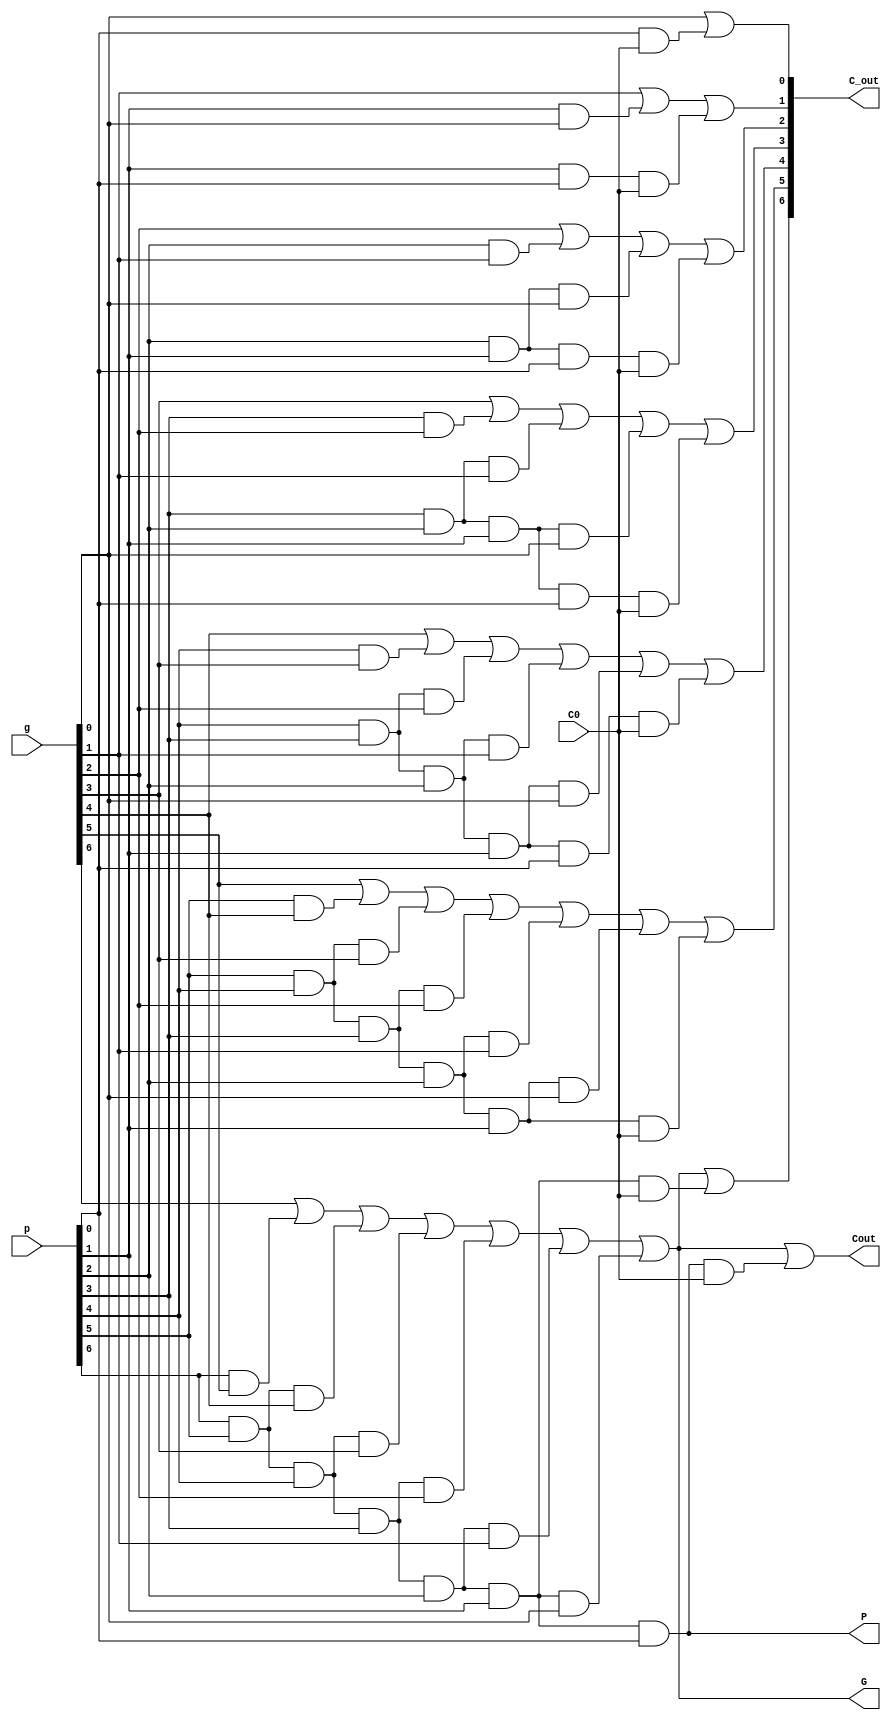
module CLA_8_bit(
	input wire C0,
	input wire [7:0]p,g,
	output wire [6:0]C_out,
	output wire Cout,
	output wire G,P
);
wire G_wire; 
wire P_wire;
assign	 C_out[0] = g[0] | (p[0] & C0);
assign	 C_out[1] = g[1] | (p[1] & g[0]) | (p[1] & p[0] & C0);
assign	 C_out[2] = g[2] | (p[2] & g[1]) | (p[2] & p[1] & g[0]) |(p[2] & p[1] & p[0] & C0);
assign	 C_out[3] = g[3] | (p[3] & g[2]) | (p[3] & p[2] & g[1]) |(p[3] & p[2] & p[1] & g[0]) | (p[3] & p[2] & p[1] & p[0] & C0);
assign	 C_out[4] = g[4] | (p[4] & g[3]) | (p[4] & p[3] & g[2]) |(p[4] & p[3] & p[2] & g[1]) | (p[4] & p[3] & p[2] & p[1] & g[0])| (p[4] & p[3] & p[2] & p[1] & p[0] & C0);
assign	 C_out[5] = g[5] | (p[5] & g[4]) | (p[5] & p[4] & g[3]) |(p[5] & p[4] & p[3] & g[2]) | (p[5] & p[4] & p[3] & p[2] & g[1])| (p[5] & p[4] & p[3] & p[2] & p[1] & g[0]) | (p[5] & p[4] & p[3] & p[2] & p[1] & C0);
assign	 C_out[6] = g[6] | (p[6] & g[5]) | (p[6] & p[5] & g[4]) |(p[6] & p[5] & p[4] & g[3]) | (p[6] & p[5] & p[4] & p[3] & g[2])| (p[6] & p[5] & p[4] & p[3] & p[2] & g[1]) | (p[6] & p[5] & p[4] & p[3] & p[2] & p[1] & g[0]) |  (p[6] & p[5] & p[4] & p[3] & p[2] & p[1] & C0);


assign	 P_wire = p[6] & p[5] & p[4] & p[3] & p[2] & p[1] & p[0];
assign	 G_wire = g[6] | (p[6] & g[5]) | (p[6] & p[5] & g[4] ) | (p[6] & p[5] & p[4] & g[3]) | (p[6] & p[5] & p[4] & p[3] & g[2]) | (p[6] & p[5] & p[4] & p[3] & p[2] & g[1])  | (p[6] & p[5] & p[4] & p[3] & p[2] & p[1]& g[0]);
assign	 Cout = G_wire | (P_wire & C0);
assign	 P = P_wire;
assign	 G = G_wire;

endmodule